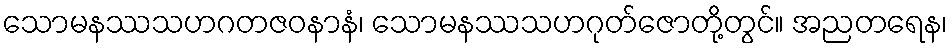
သောမနဿသဟဂတဇဝနာနံ၊ သောမနဿသဟဂုတ်ဇောတို့တွင်။ အညတရေန၊